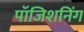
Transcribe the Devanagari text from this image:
पॉजिशनिंग